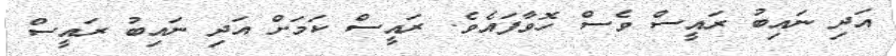
އަދި ނައިބު ރައީސް ވެސް ހޮވާފައެވެ. ރައީސް ކަމަށް އަދި ނައިބު ރައީސް